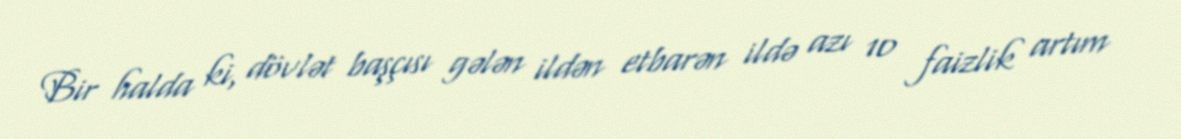
Bir halda ki, dövlət başçısı gələn ildən etbarən ildə azı 10 faizlik artım